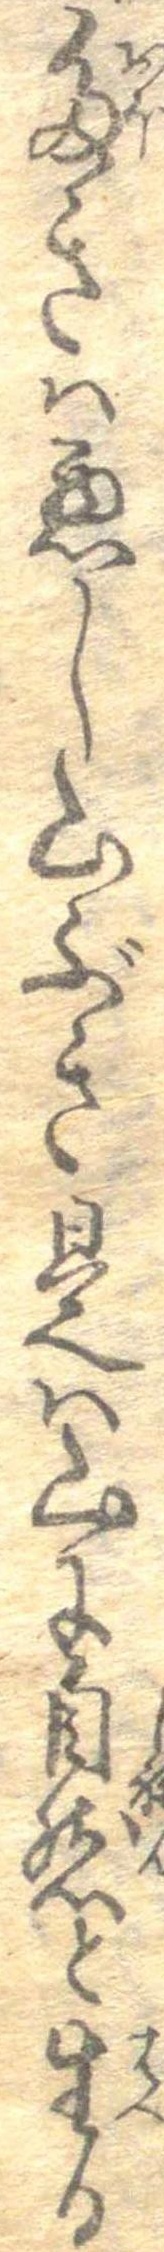
多きは悪し山ぶき是は山に自然と生る